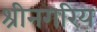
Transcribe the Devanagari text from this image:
श्रीनगरिय